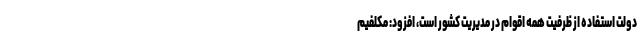
دولت استفاده از ظرفیت همه اقوام در مدیریت کشور است، افزود: مکلفیم